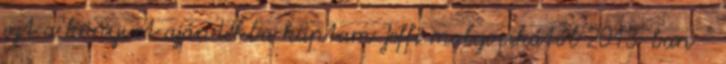
ezt a könyvet ajándékba kaptam Jeffi molyocskától 2013-ban -